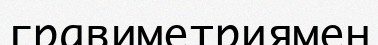
гравиметриямен